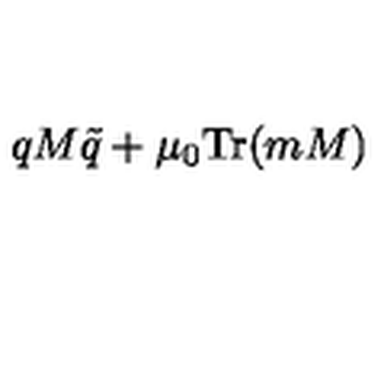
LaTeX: q M \tilde { q } + \mu _ { 0 } \mathrm { T r } ( m M )